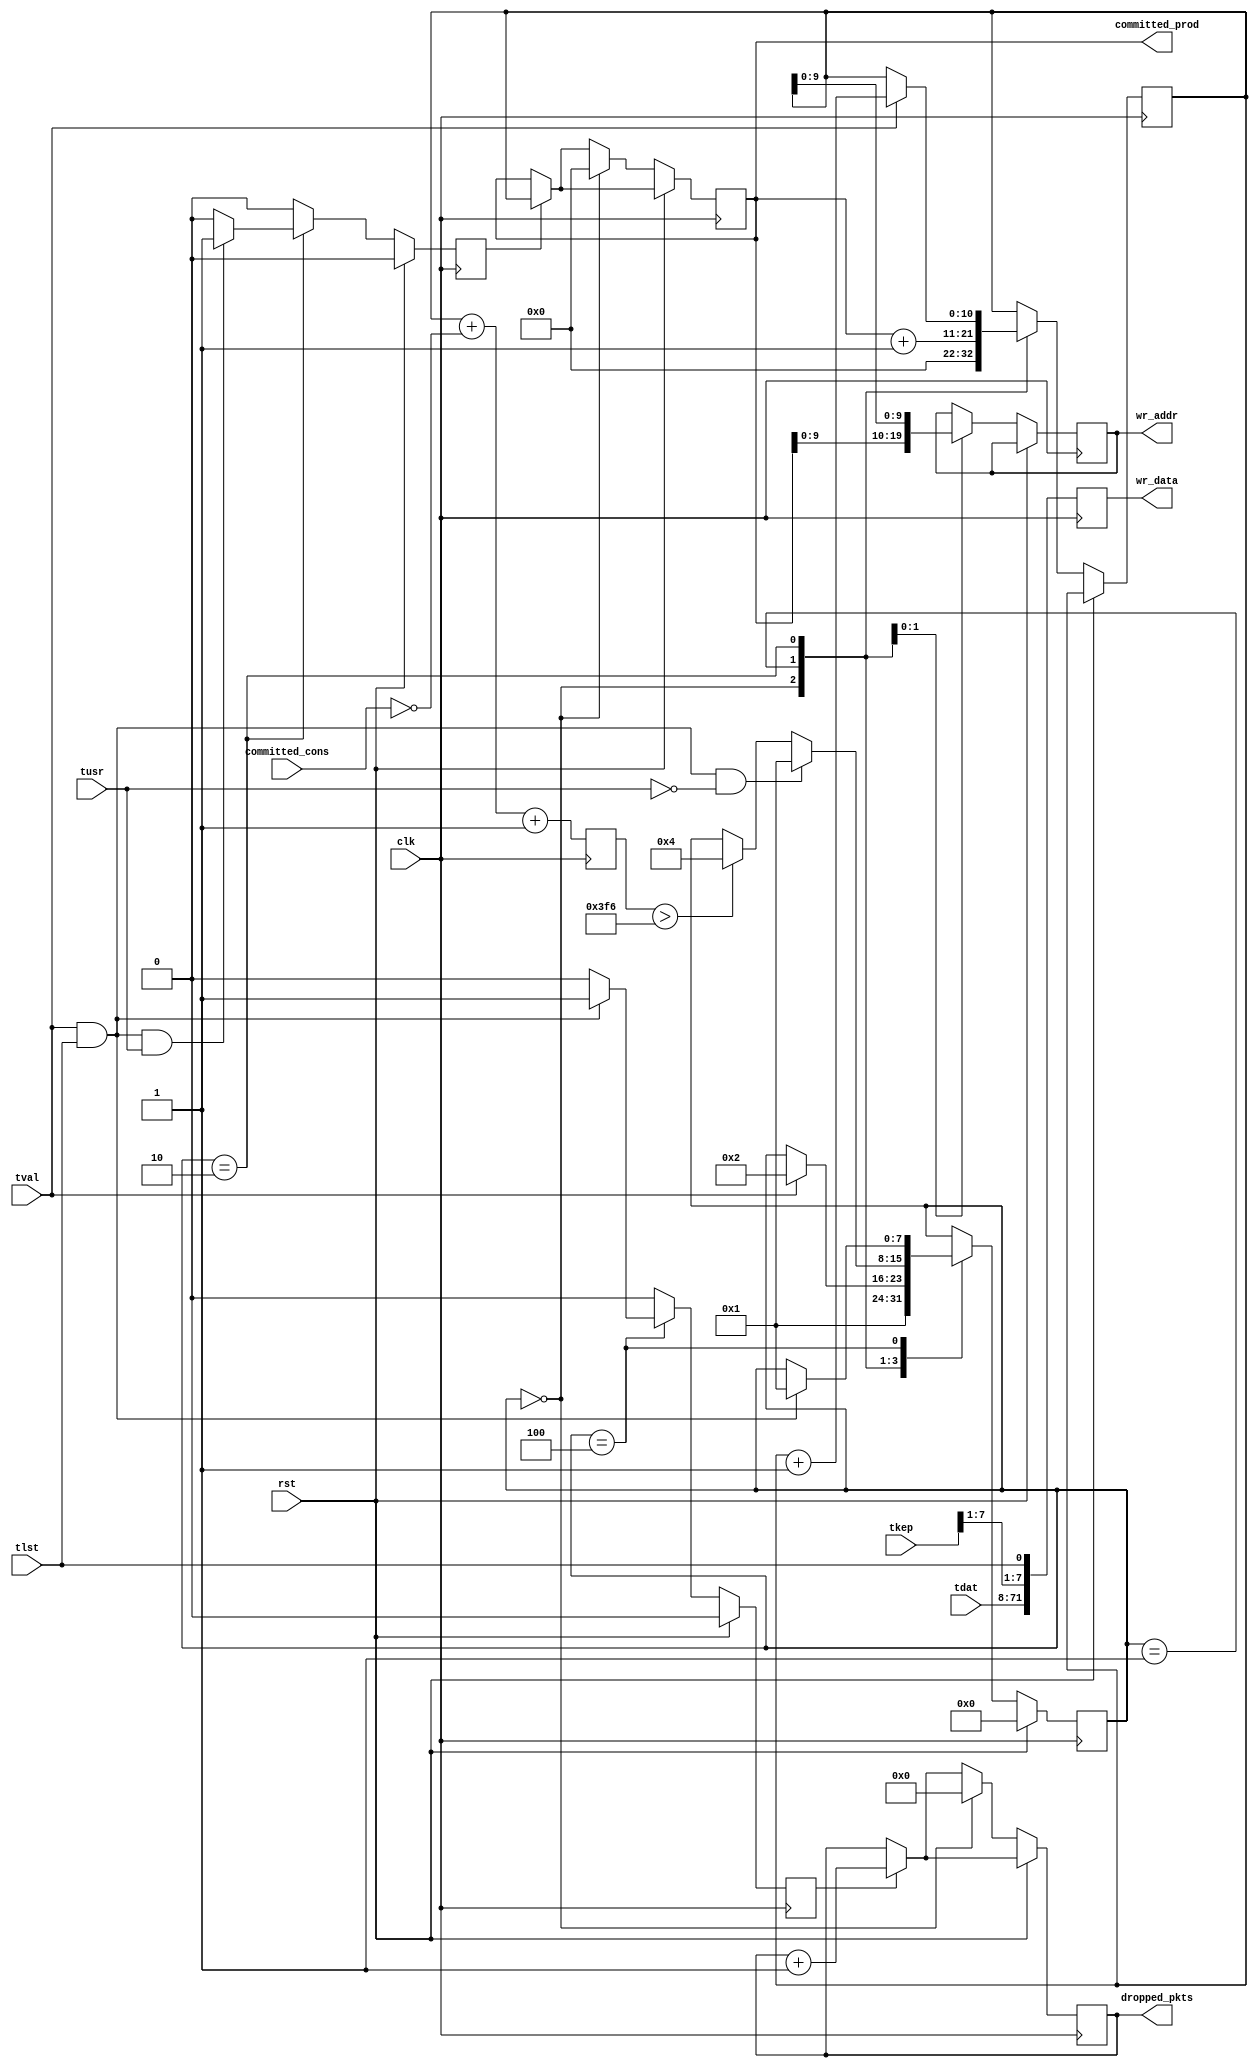
//
// Copyright (c) 2016 University of Cambridge All rights reserved.
//
//
// This software was developed with the support of 
// Prof. Gustavo Sutter and Prof. Sergio Lopez-Buedo and
// University of Cambridge Computer Laboratory NetFPGA team.
//
// @NETFPGA_LICENSE_HEADER_START@
//
// Licensed to NetFPGA C.I.C. (NetFPGA) under one or more
// contributor license agreements.  See the NOTICE file distributed with this
// work for additional information regarding copyright ownership.  NetFPGA
// licenses this file to you under the NetFPGA Hardware-Software License,
// Version 1.0 (the "License"); you may not use this file except in compliance
// with the License.  You may obtain a copy of the License at:
//
//   http://www.netfpga-cic.org
//
// Unless required by applicable law or agreed to in writing, Work distributed
// under the License is distributed on an "AS IS" BASIS, WITHOUT WARRANTIES OR
// CONDITIONS OF ANY KIND, either express or implied.  See the License for the
// specific language governing permissions and limitations under the License.
//
// @NETFPGA_LICENSE_HEADER_END@

//////////////////////////////////////////////////////////////////////////////
//////////////////////////////////////////////////////////////////////////////
`timescale 1ns / 1ps
//`default_nettype none

module mac2ibuf # (
    parameter AW = 10,
    parameter DW = 72
    ) (

    input                    clk,
    input                    rst,

    // MAC Rx
    input        [63:0]      tdat,
    input        [7:0]       tkep,
    input                    tval,
    input                    tlst,
    input                    tusr,

    // ibuf
    output reg   [AW-1:0]    wr_addr,
    output reg   [DW-1:0]    wr_data,

    // fwd logic
    output reg   [AW:0]      committed_prod,
    input        [AW:0]      committed_cons,
    output reg   [15:0]      dropped_pkts
    );

    // localparam
    localparam s0 = 8'b00000000;
    localparam s1 = 8'b00000001;
    localparam s2 = 8'b00000010;
    localparam s3 = 8'b00000100;
    localparam s4 = 8'b00001000;
    localparam s5 = 8'b00010000;
    localparam s6 = 8'b00100000;
    localparam s7 = 8'b01000000;
    localparam s8 = 8'b10000000;

    localparam MAX_DIFF = (2**AW) - 10;

    //-------------------------------------------------------
    // Local mac2ibuf
    //-------------------------------------------------------
    reg          [7:0]       fsm;
    reg          [AW:0]      ax_wr_addr;
    reg          [AW:0]      diff;
    wire         [DW-1:0]    din;
    reg                      update_prod;
    reg                      update_dropp;

    //-------------------------------------------------------
    // assigns
    //-------------------------------------------------------
    assign din = {tdat, tkep[7:1], tlst};

    ////////////////////////////////////////////////
    // Inbound ethernet frame to ibuf
    ////////////////////////////////////////////////
    always @(posedge clk) begin

        diff <= ax_wr_addr + (~committed_cons) +1;
        wr_data <= din;

        update_prod <= 1'b0;
        if (update_prod) begin
            committed_prod <= ax_wr_addr;
        end

        update_dropp <= 1'b0;
        if (update_dropp) begin
            dropped_pkts <= dropped_pkts +1;
        end

        if (rst) begin  // rst
            fsm <= s0;
        end

        else begin  // not rst

            case (fsm)

                s0 : begin
                    committed_prod <= 'b0;
                    ax_wr_addr <= 'b0;
                    dropped_pkts <= 'b0;
                    fsm <= s1;
                end

                s1 : begin // update diff
                    wr_addr <= committed_prod;
                    ax_wr_addr <= committed_prod + 1;
                    if (tval) begin
                        fsm <= s2;
                    end
                end

                s2 : begin
                    wr_addr <= ax_wr_addr;
                    if (tval) begin
                        ax_wr_addr <= ax_wr_addr + 1;
                    end

                    if (tval && tlst && tusr) begin
                        update_prod <= 1'b1;
                    end

                    if (tval && tlst && !tusr) begin
                        fsm <= s1;
                    end
                    else if (diff > MAX_DIFF) begin           // ibuffer is almost full
                        fsm <= s3;
                    end
                end

                s3 : begin                                  // drop current frame
                    if (tval && tlst) begin
                        update_dropp <= 1'b1;
                        fsm <= s1;
                    end
                end

            endcase
        end     // not rst
    end  //always

endmodule // mac2ibuf

//////////////////////////////////////////////////////////////////////////////
//////////////////////////////////////////////////////////////////////////////